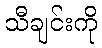
သီချင်းကို